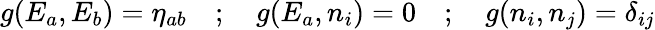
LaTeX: g(E_{a},E_{b})={\eta}_{ab}\quad;\quad g(E_{a},n_{i})=0\quad;\quad g(n_{i},n_{j})={\delta}_{ij}